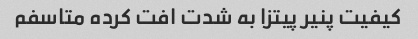
کیفیت پنیر پیتزا به شدت افت کرده متاسفم